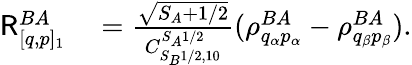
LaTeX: \begin{array}{rl}{\mathsf{R}_{[q,p]_{1}}^{BA}}&{{}=\frac{\sqrt{S_{A}+1/2}}{C_{S_{B}1/2,10}^{S_{A}1/2}}(\rho_{q_{\alpha}p_{\alpha}}^{BA}-\rho_{q_{\beta}p_{\beta}}^{BA}).}\end{array}